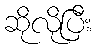
ဆိုလိုပြီး